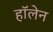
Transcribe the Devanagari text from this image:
हॉलेन